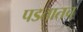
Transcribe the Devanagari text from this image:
पडतातच